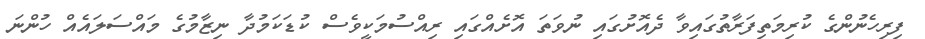
ފިރިހެނުންގެ ކުރިމަތިފަރާތުގައިވާ ދެއޮށުގައި ނުވަތަ އޮށެއްގައި ރިއްސުމަކީވެސް ކުޑަކަމުދާ ނިޒާމުގެ މައްސަލައެއް ހުންނަ